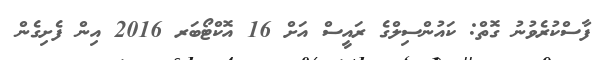
ފާސްކުރެވުނު ގޮތް: ކައުންސިލްގެ ރައީސް އަށް 16 އޮކްޓޯބަރ 2016 އިން ފެށިގެން